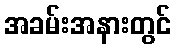
အခမ်းအနားတွင်